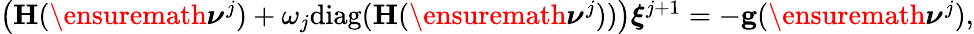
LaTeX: \begin{array}{r}{\left(\mathbf H(\ensuremath{\boldsymbol\nu}^{j})+\omega_{j}\mathrm{diag}(\mathbf H(\ensuremath{\boldsymbol\nu}^{j}))\right)\boldsymbol\xi^{j+1}=-\mathbf g(\ensuremath{\boldsymbol\nu}^{j}),}\end{array}